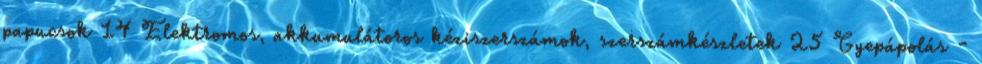
papucsok 14 Elektromos, akkumulátoros kéziszerszámok, szerszámkészletek 25 Gyepápolás -